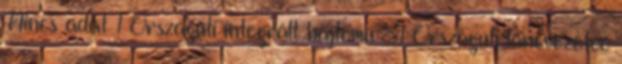
Nincs adat 1 Országúti integrált hajtómű 81 Országúti láncvezetőő